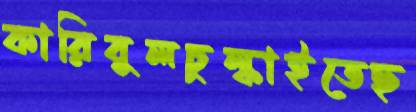
কারিবুলচুল্‌কাইতেছ